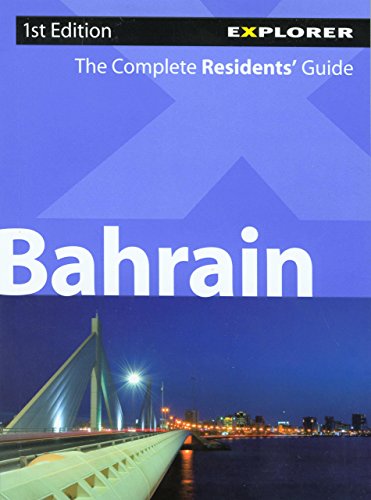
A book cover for Bahrain Complete Residents' Guide; Explorer Publishing; Travel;